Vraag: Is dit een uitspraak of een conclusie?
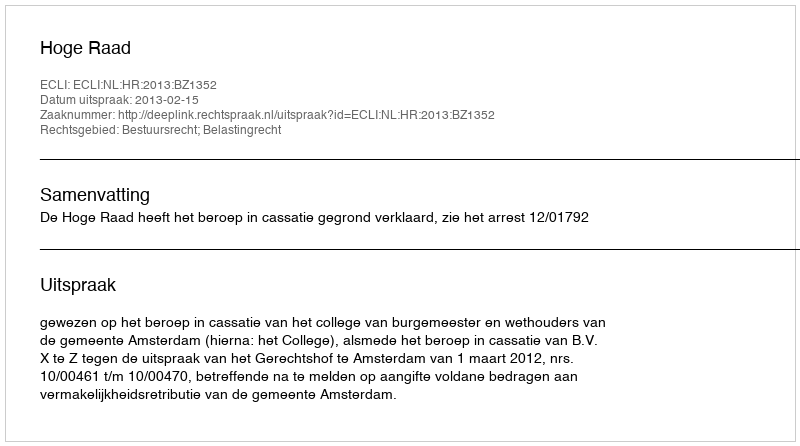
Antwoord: Uitspraak